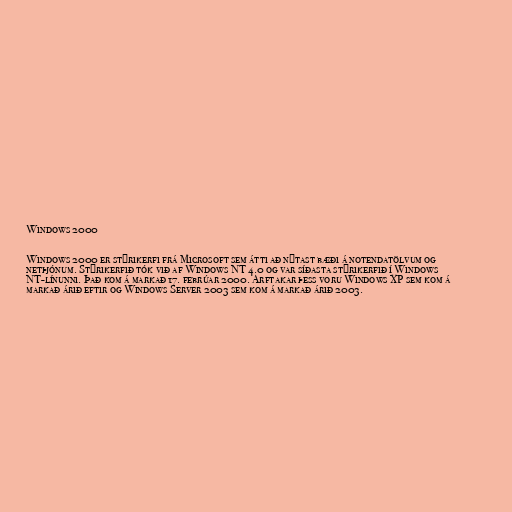
Windows 2000

Windows 2000 er stýrikerfi frá Microsoft sem átti að nýtast bæði á notendatölvum og
netþjónum. Stýrikerfið tók við af Windows NT 4.0 og var síðasta stýrikerfið í Windows
NT-línunni. Það kom á markað 17. febrúar 2000. Arftakar þess voru Windows XP sem kom á
markað árið eftir og Windows Server 2003 sem kom á markað árið 2003.